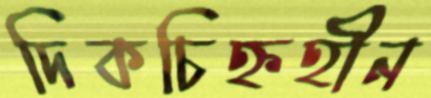
দিকচিহ্নহীন